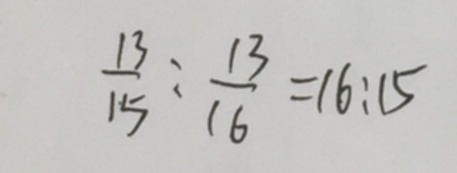
\frac { 1 3 } { 1 5 } : \frac { 1 3 } { 1 6 } = 1 6 : 1 5